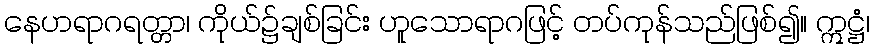
နေဟရာဂရတ္တာ၊ ကိုယ်၌ချစ်ခြင်း ဟူသောရာဂဖြင့် တပ်ကုန်သည်ဖြစ်၍။ ဣဋ္ဌံ၊